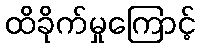
ထိခိုက်မှုကြောင့်